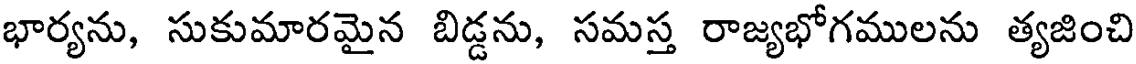
భార్యను, సుకుమారమైన బిడ్డను, సమస్త రాజ్యభోగములను త్యజించి